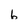
Character: 6